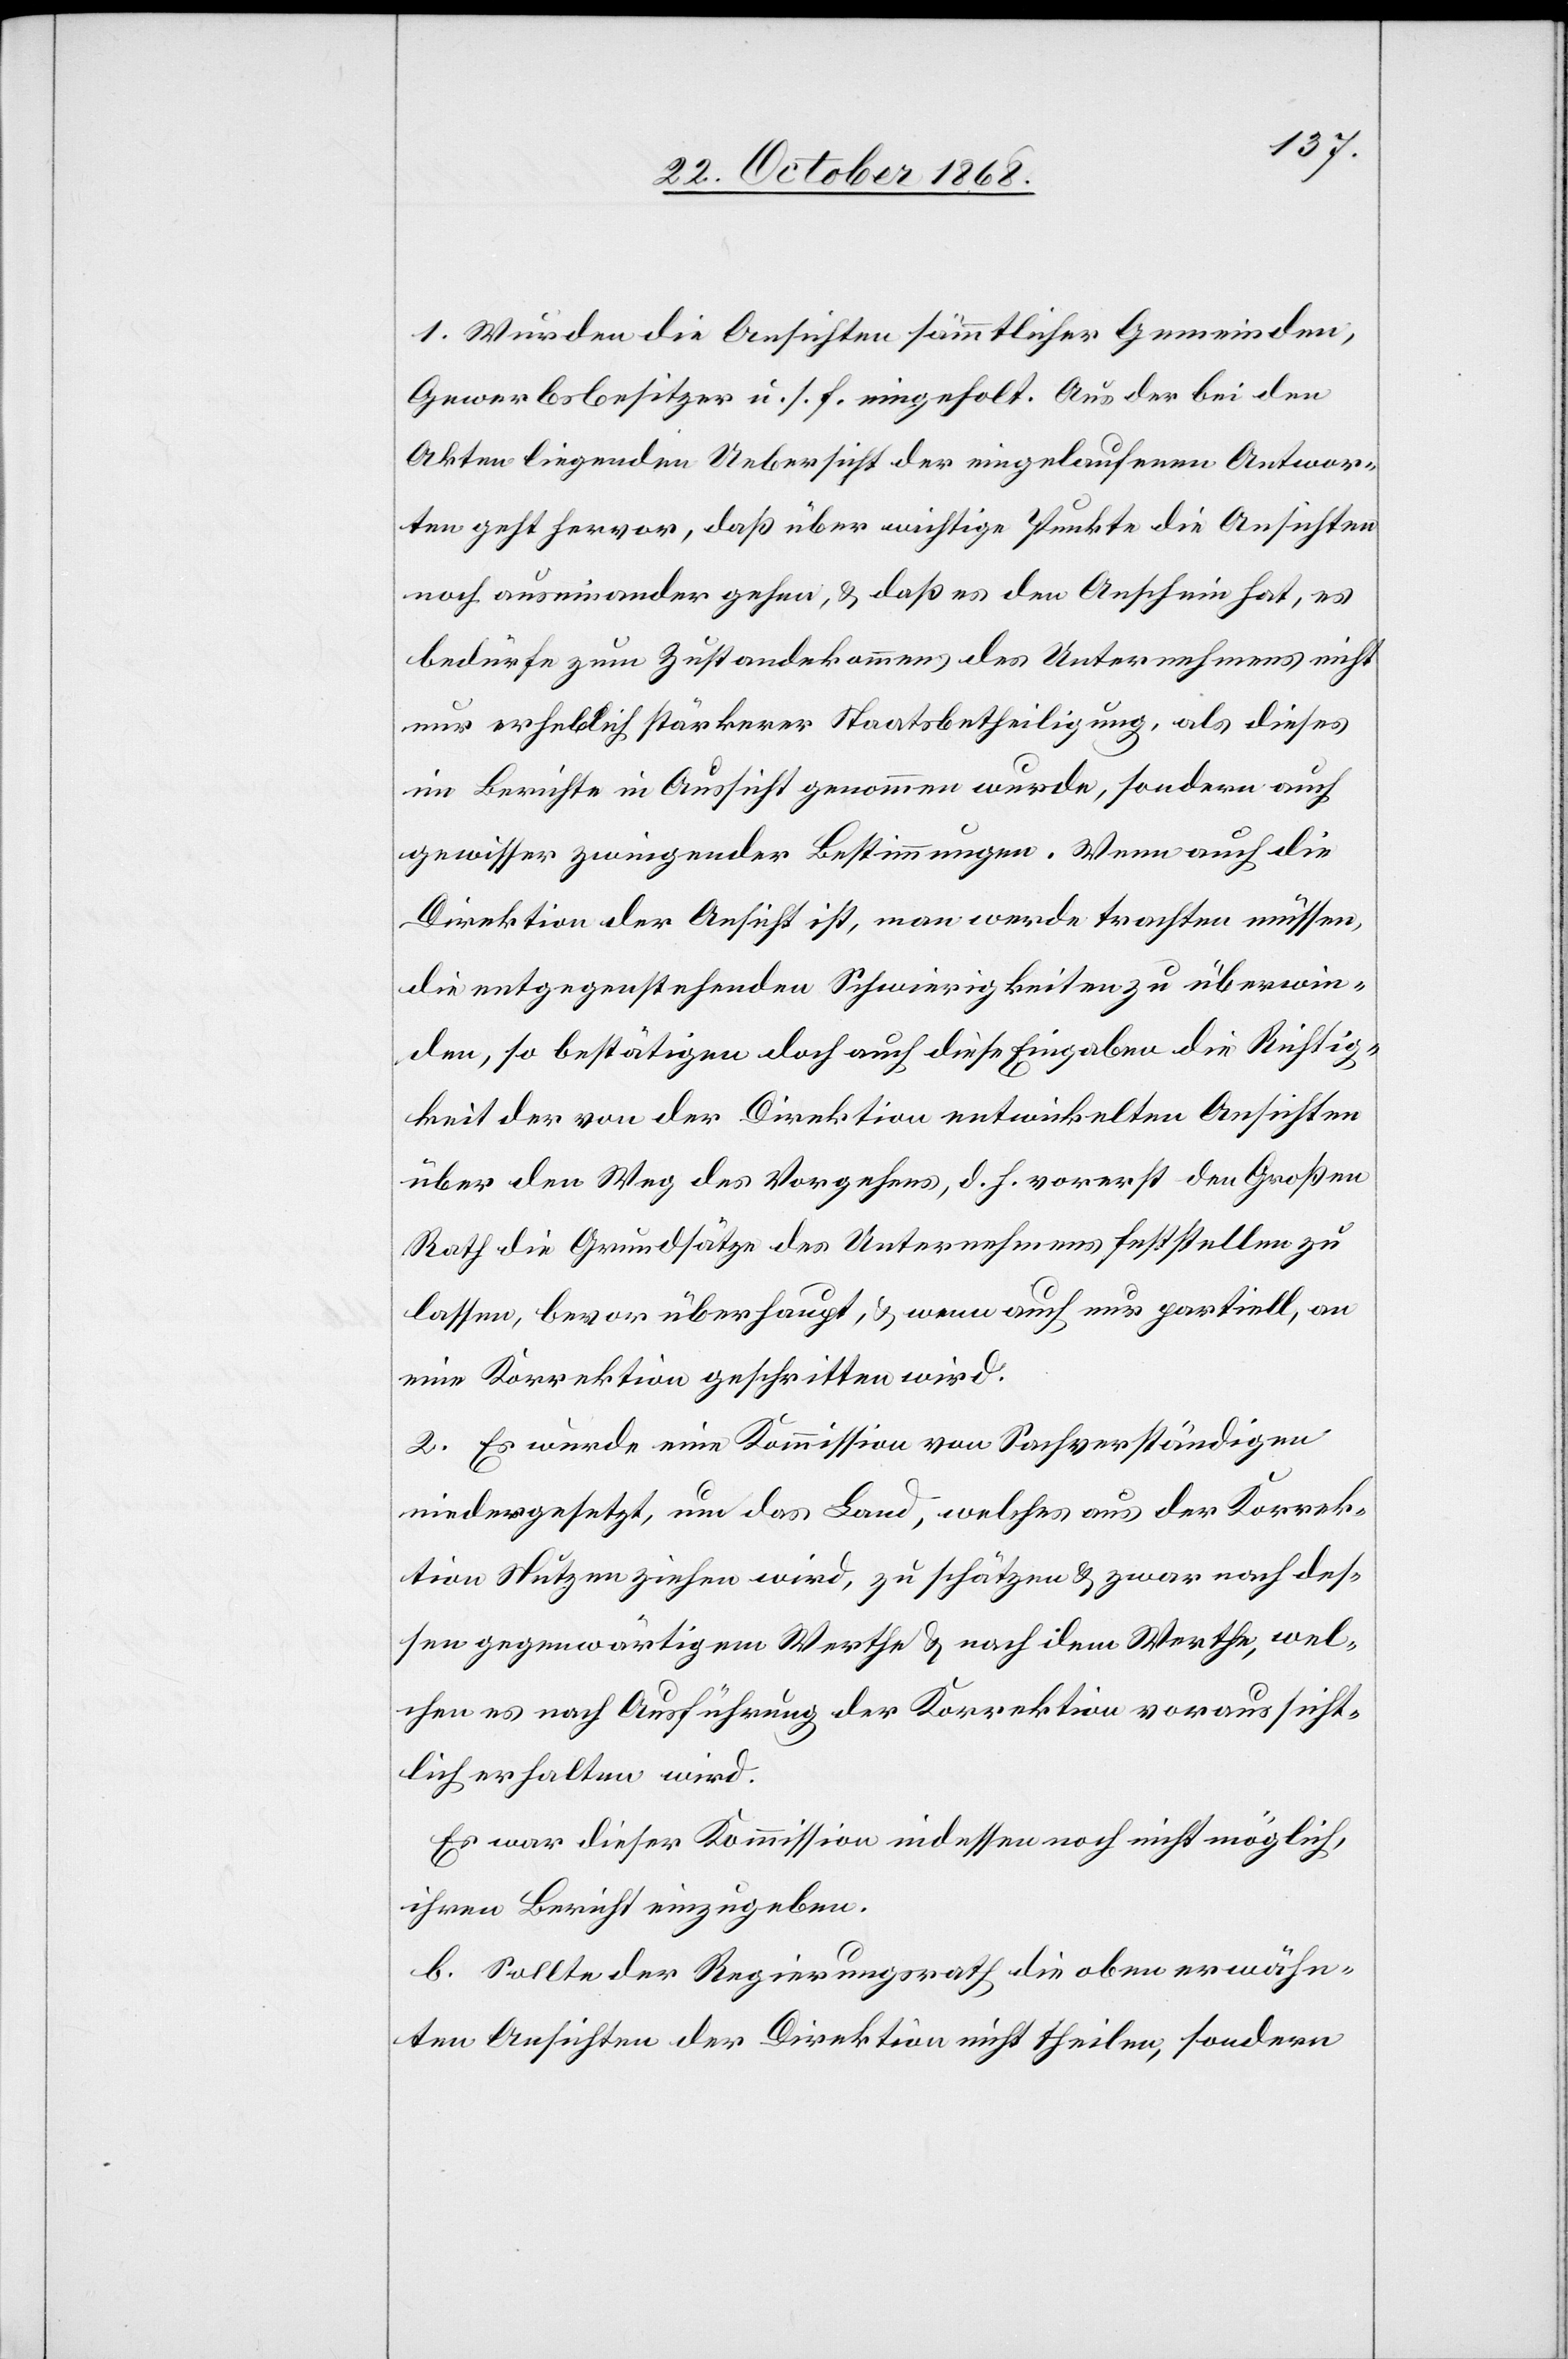
1. Wurden die Ansichten sämmtlicher Gemeinden,
Gewerbsbesitzer u. s. f. eingeholt. Aus der bei den
Akten liegenden Uebersicht der eingelaufenen Antwor¬
ten geht hervor, daß über wichtige Punkte die Ansichten
noch auseinander gehen, & daß es den Anschein hat, es
bedürfe zum Zustandekommen des Unternehmens nicht
nur erheblich stärkerer Staatsbetheiligung, als dieses
im Berichte in Aussicht genommen wurde, sondern auch
gewisser zwingender Bestimmungen. Wenn auch die
Direktion der Ansicht ist, man werde trachten müssen,
die entgegenstehenden Schwierigkeiten zu überwin¬
den, so bestätigen doch auch diese Eingaben die Richtig¬
keit der von der Direktion entwickelten Ansichten
über den Weg des Vorgehens, d. h. vorerst den Großen
Rath die Grundsätze des Unternehmens feststellen zu
lassen, bevor überhaupt, & wenn auch nur partiell, an
eine Korrektion geschritten wird.
2. Es wurde eine Kommission von Sachverständigen
niedergesetzt, um das Land, welches aus der Korrek¬
tion Nutzen ziehen wird, zu schätzen & zwar nach des¬
sen gegenwärtigem Werthe & nach dem Werthe, wel¬
chen es nach Ausführung der Korrektion voraussicht¬
lich erhalten wird.
Es war dieser Kommission indessen noch nicht möglich,
ihren Bericht einzugeben.
b. Sollte der Regierungsrath die oben erwähn¬
ten Ansichten der Direktion nicht theilen, sondern